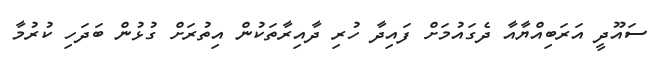
ސައޫދީ އަރަބިއްޔާއާ ދެގައުމަށް ފައިދާ ހުރި ދާއިރާތަކުން އިތުރަށް ގުޅުން ބަދަހި ކުރުމާ